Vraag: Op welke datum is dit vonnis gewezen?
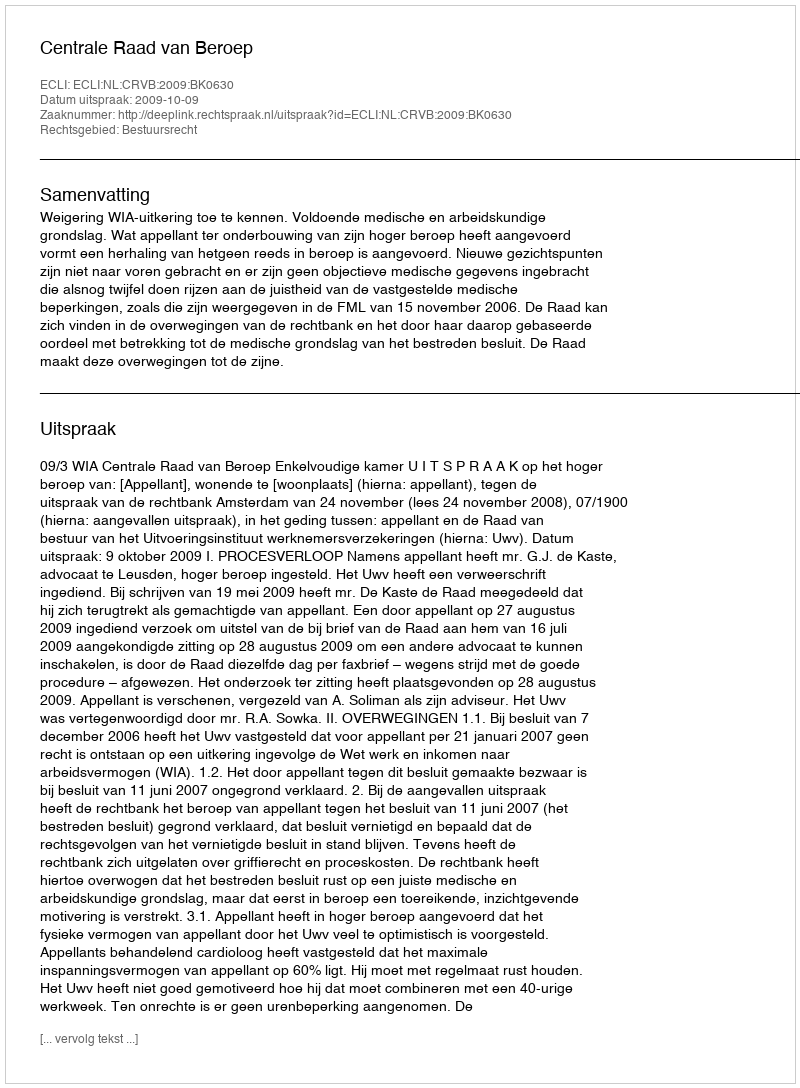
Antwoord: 2009-10-09